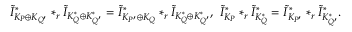
\tilde { I } _ { K _ { P } \oplus K _ { Q ^ { \prime } } } ^ { * } * _ { r } \tilde { I } _ { K _ { Q } ^ { * } \oplus K _ { Q ^ { \prime } } ^ { * } } = \tilde { I } _ { K _ { P ^ { \prime } } \oplus K _ { Q } } ^ { * } * _ { r } \tilde { I } _ { K _ { Q } ^ { * } \oplus K _ { Q ^ { \prime } } ^ { * } } , \ \tilde { I } _ { K _ { P } } ^ { * } * _ { r } \tilde { I } _ { K _ { Q } ^ { * } } ^ { * } = \tilde { I } _ { K _ { P ^ { \prime } } } ^ { * } * _ { r } \tilde { I } _ { K _ { Q ^ { \prime } } ^ { * } } ^ { * } .